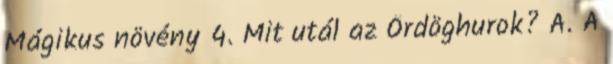
Mágikus növény 4. Mit utál az Ördöghurok? A. A